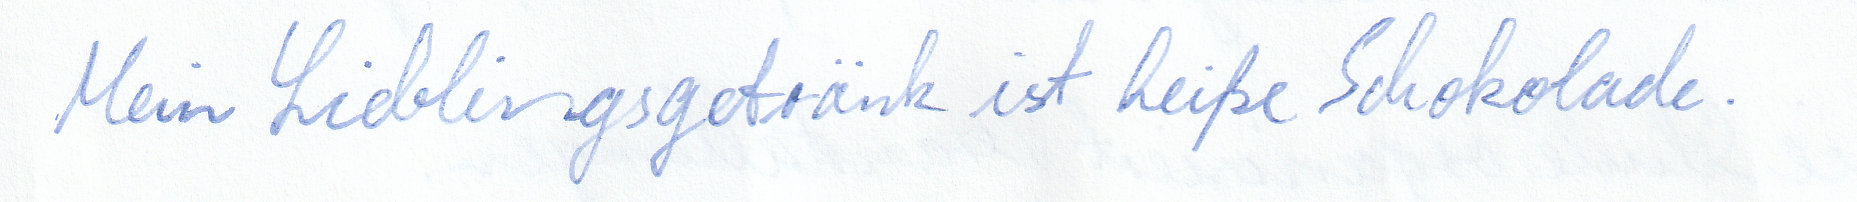
Mein Lieblingsgetränk ist heiße Schokolade.